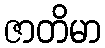
ဇာတိမာ